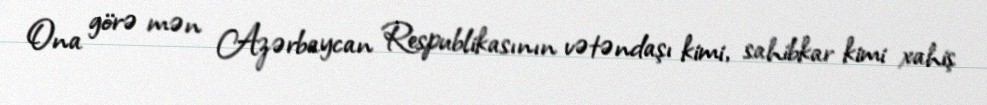
Ona görə mən Azərbaycan Respublikasının vətəndaşı kimi, sahibkar kimi xahiş